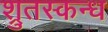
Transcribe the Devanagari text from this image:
श्रुतस्कन्ध